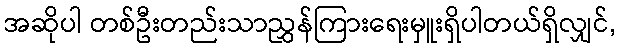
အဆိုပါ တစ်ဦးတည်းသာညွှန်ကြားရေးမှူးရှိပါတယ်ရှိလျှင်,